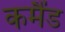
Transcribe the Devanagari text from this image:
कमैंड